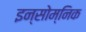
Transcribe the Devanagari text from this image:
इन्सोम्निक